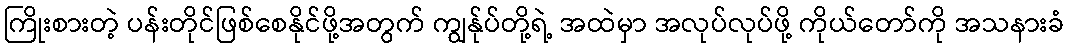
ကြိုးစားတဲ့ ပန်းတိုင်ဖြစ်စေနိုင်ဖို့အတွက် ကျွန်ုပ်တို့ရဲ့ အထဲမှာ အလုပ်လုပ်ဖို့ ကိုယ်တော်ကို အသနားခံ